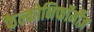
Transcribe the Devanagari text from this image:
फैल्कोनिफॉर्मीज़